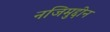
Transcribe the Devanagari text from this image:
नजिमुद्दीन